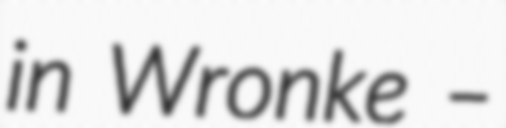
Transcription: in Wronke –